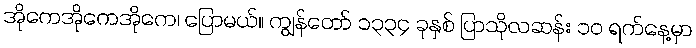
အိုကေအိုကေအိုကေ၊ ပြောမယ်။ ကျွန်တော် ၁၃၃၄ ခုနှစ် ပြာသိုလဆန်း ၁၀ ရက်နေ့မှာ